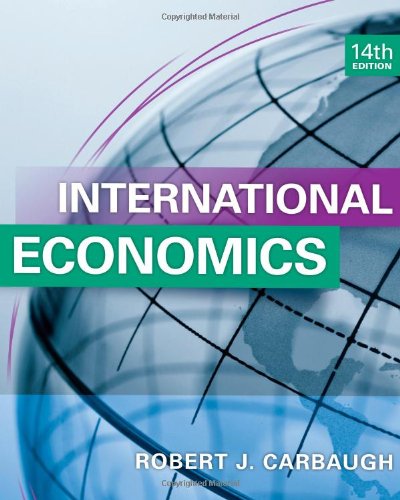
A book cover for International Economics (Upper Level Economics Titles); Robert Carbaugh; Business & Money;